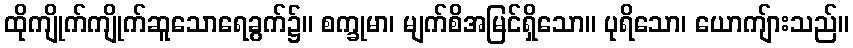
ထိုကျိုက်ကျိုက်ဆူသောရေခွက်၌။ စက္ခုမာ၊ မျက်စိအမြင်ရှိသော။ ပုရိသော၊ ယောကျ်ားသည်။